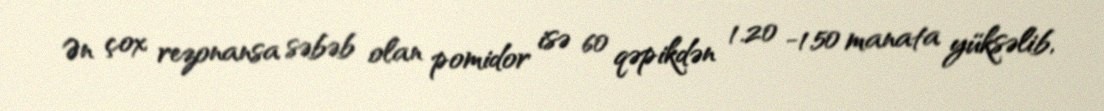
Ən çox rezonansa səbəb olan pomidor isə 60 qəpikdən 1.20 -1.50 manata yüksəlib,